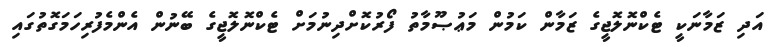
އަދި ޒަމާނަކީ ޓެކްނޮލޮޖީގެ ޒަމާން ކަމުން މަޢުޞޫމާތު ފޯރުކޮށްދިނުމަށް ޓެކްނޮލޮޖީގެ ބޭނުން އެންމެފުރިހަމަގޮތުގައި